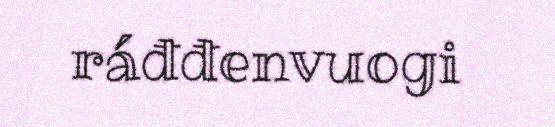
ráđđenvuogi